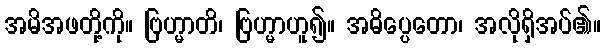
အမိအဖတို့ကို။ ဗြဟ္မာတိ၊ ဗြဟ္မာဟူ၍။ အဓိပ္ပေတော၊ အလိုရှိအပ်၏။